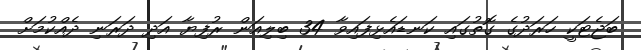
ބަޖެޓަކީ ހަރަދުގެ ގޮތުގައި ކަނޑައެޅިފައިވާ 34 ބިލިއަން ރުފިޔާ އަދި ދަރަނި ދެއްކުމަށް